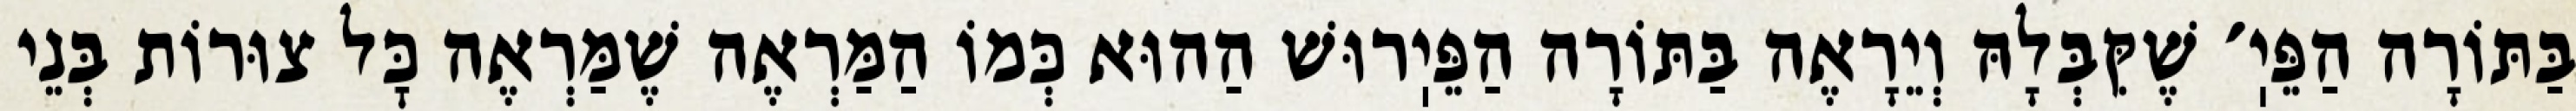
בַּתּוֹרָה הַפֵּיֽ׳ שֶׁקִּבְּלָהּ וְיֵרָאֶה בַּתּוֹרָה הַפֵּיֽרוּשׁ הַהוּא כְּמוֹ הַמַּרְאֶה שֶׁמַּרְאֶה כׇּל צוּרוֹת בְּנֵי